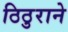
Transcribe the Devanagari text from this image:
ठिठुराने